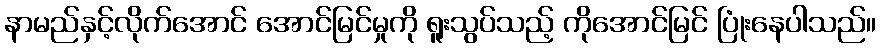
နာမည်နှင့်လိုက်အောင် အောင်မြင်မှုကို ရူးသွပ်သည့် ကိုအောင်မြင် ပြုံးနေပါသည်။